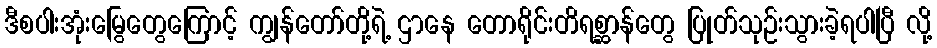
ဒီစပါးအုံးမြွေတွေကြောင့် ကျွန်တော်တို့ရဲ့ ဌာနေ တောရိုင်းတိရစ္ဆာန်တွေ ပြုတ်သုဉ်းသွားခဲ့ရပါပြီ လို့